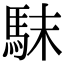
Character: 𩢖